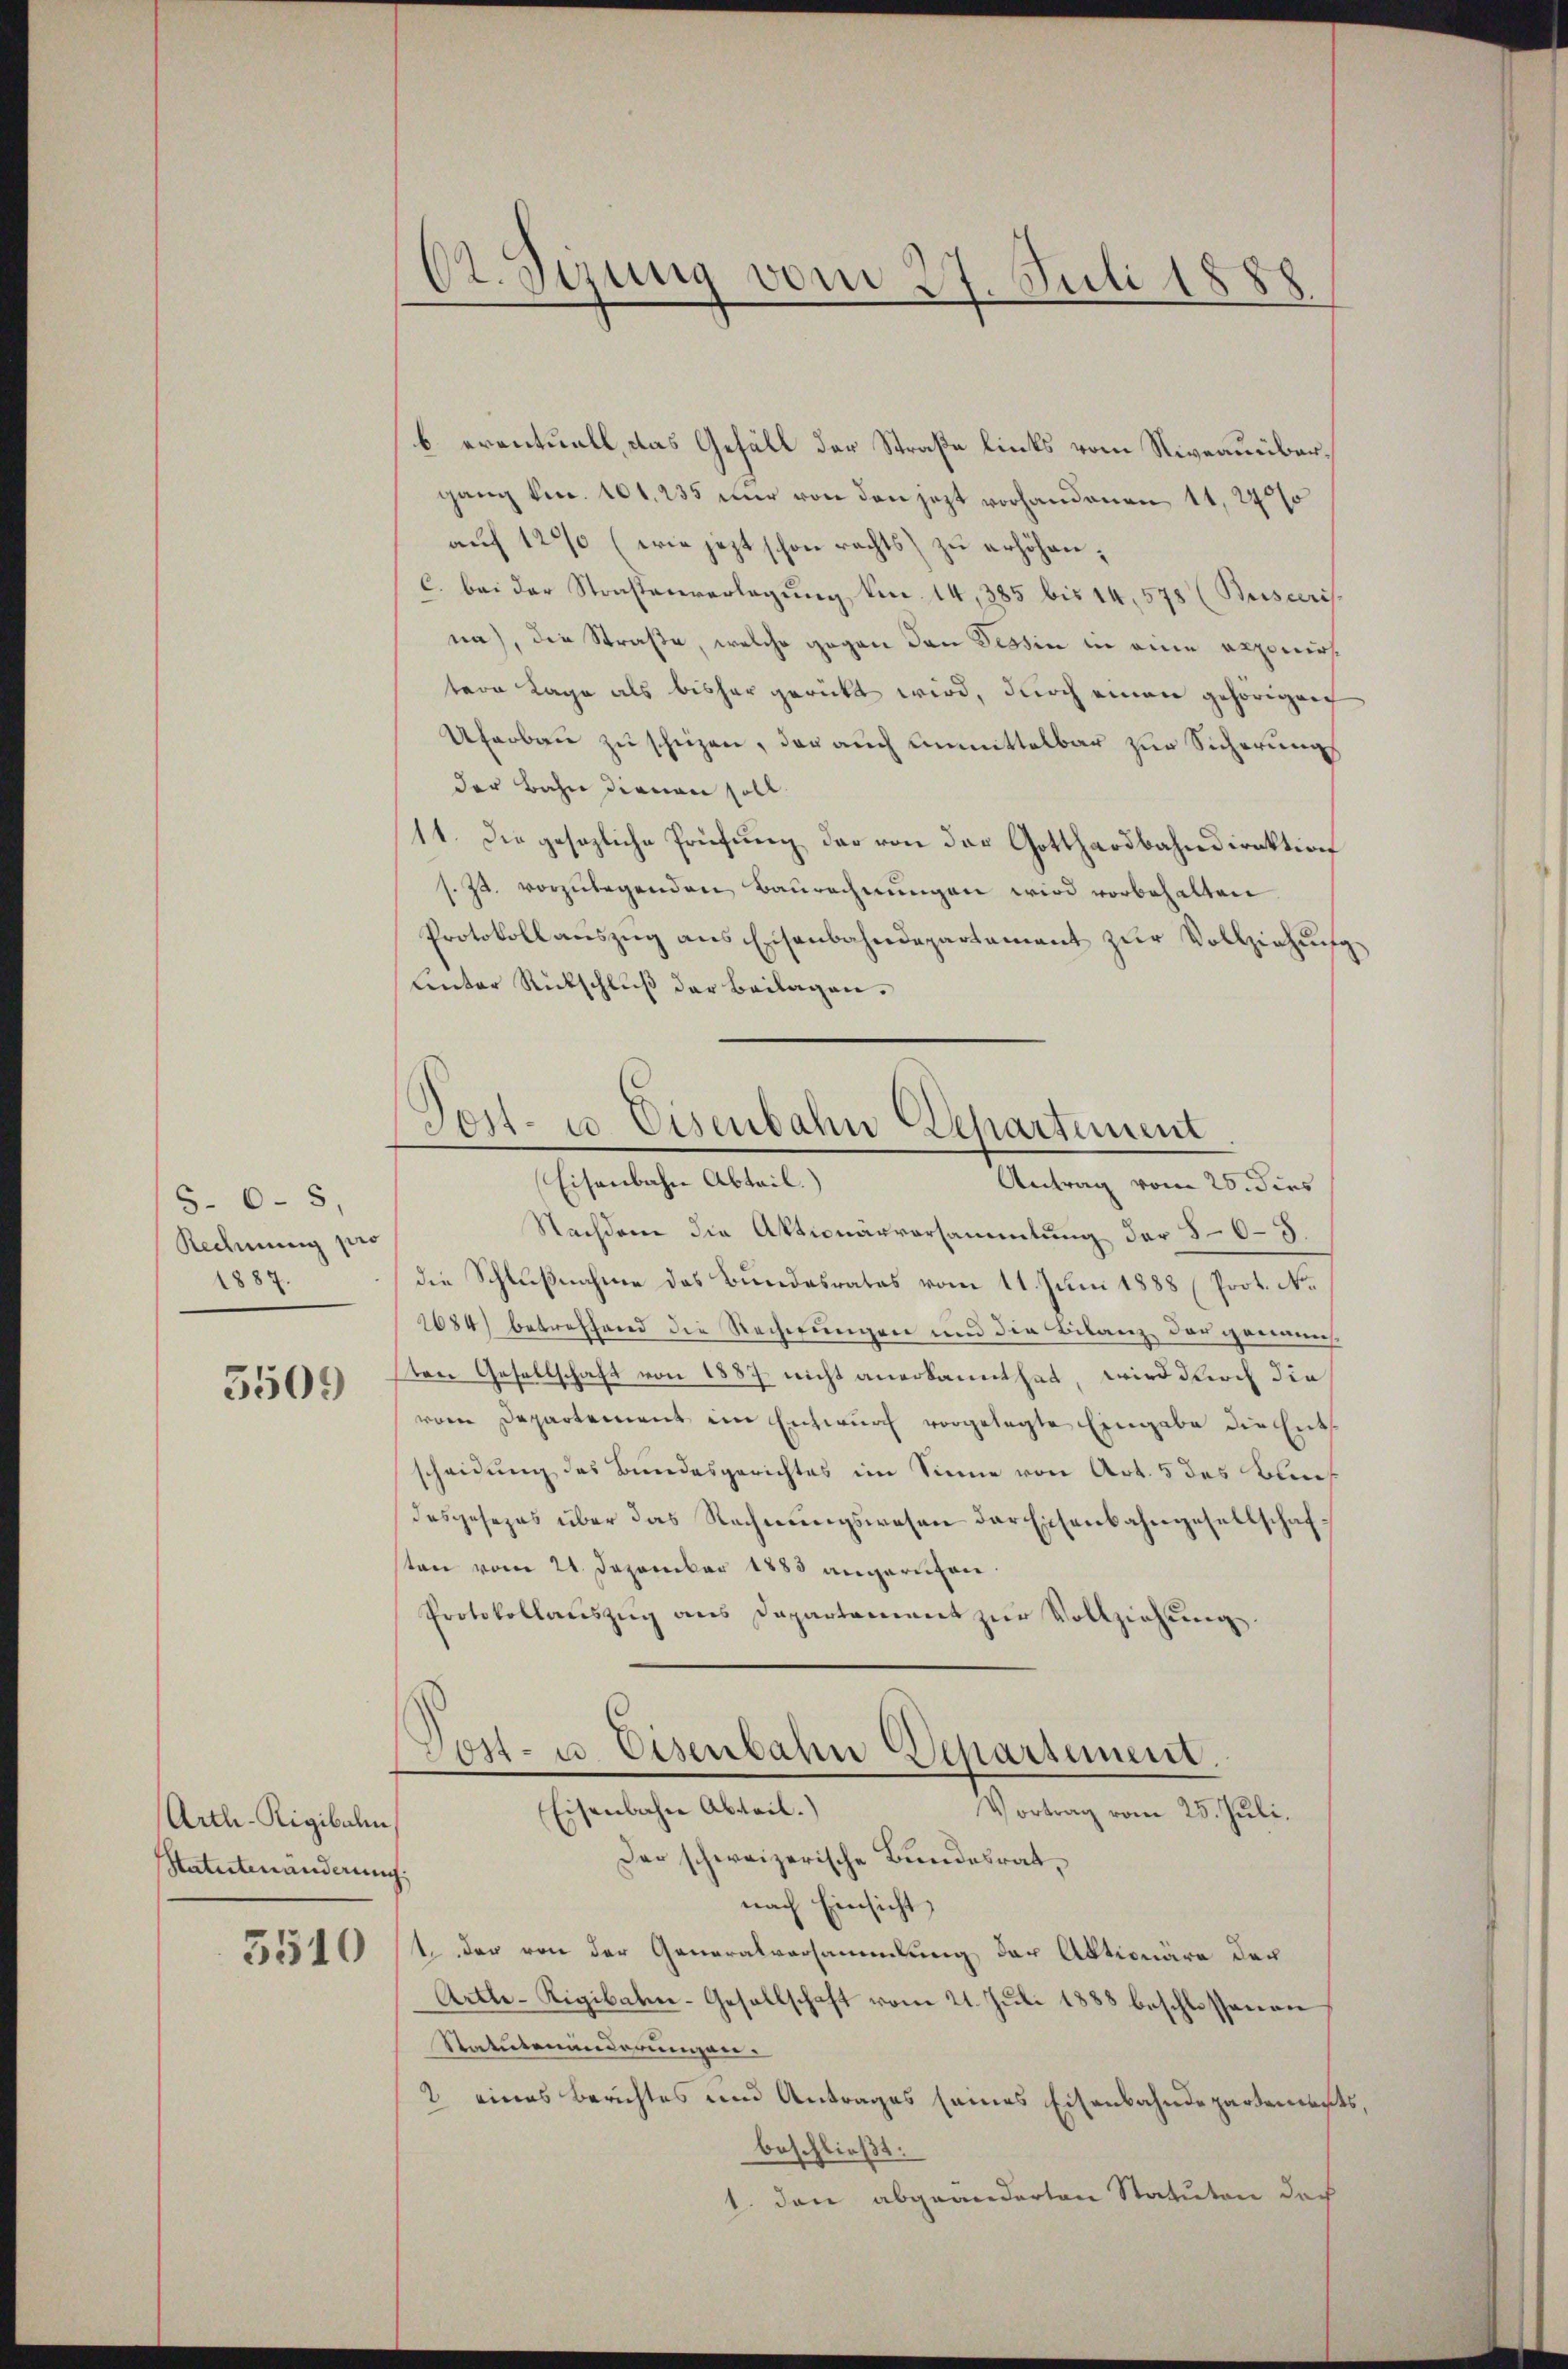
5. 65,
Redmung pro
1887.

5509

Arth-Rigibal
Statutenänderung.
3510

C. Sizung vom 27. Juli 1888

b. eventuell, das Gefäll der Straße links vom Niveaunbarganz kr. 101. 235 nur von den jezt vorhandenen 11, 24 s
auf 1200 (wie jezt schon rechts) zu erhöhen;
C. bei der Strastenverlegung kn. 14,385 bis 14, 578 (Buseeris
na), die Straße, welche gegen den Tessin in eine exponirt
tere Lage als bisher gerückt wird, durch einen gehörigen
Uferbau zu schrezen, der auch unmittelbar zur Sicherungs
der Bahn dienen soll.
11. Die gesezliche Prüfung der von der Gotthardbahndirektion
s. Zt. vorzŭlegenden Baurechnungen wird vorbehalten
Protokoll aŭszŭg ans Eisenbahndepartement zŭr Vollziehung
Lnter Rückschluß der Beilagen.
Eisenbahn Abteil.)
Antrag vom 25. dies
Nachdem die Aktionärversammlung der 80–5
die Schlußnahme des Bundesrates vom 11. Juni 1888 (Prot. No
1684) betreffend die Rechnungen und die Bilanz der genannsten Gesellschaft von 1887 nicht anerkannt hat, wird durch die
vom Departement im Entwurf vorgelegte Eingabe die Ents
scheidung des Bundesgerichtes im Sinne von Art. 5 des Bundesgesezes über das Rechnungswesen der Eisenbahngesellschafsten vom 21. Dezember 1883 angeruhen.
Protokollaŭszŭg ans Departament zŭr Vollziehŭng
Post- u. Eisenbahn Departement.
Eisenbahne Abteil.)
Vortrag vom 25. Juli.
Der schweizerische Bundesratnach Einsicht,
t der von der Generalversammlung der Aktionäre der
Artle-Rigibaten-Gesellschaft vom 21. Juli 1888 beschlossenen
Statutenänderungen.
2 eines Berichtes und Antrages seines Eisenbahndepartements,
beschließt:
1. dann abgeänderten Statuten des

Dost- u. Eisenbahn Departement